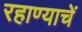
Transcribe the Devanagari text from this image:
रहाण्याचें